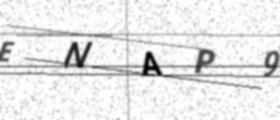
Text: ENAP9